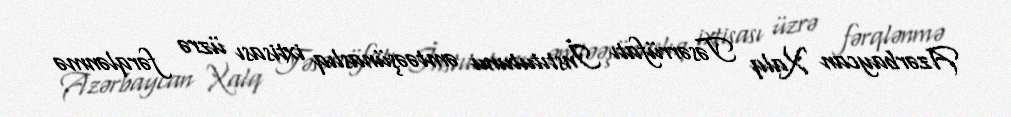
Azərbaycan Xalq Təsərrüfatı İnstıtutunu əmtəəşünaslıq ixtisası üzrə fərqlənmə